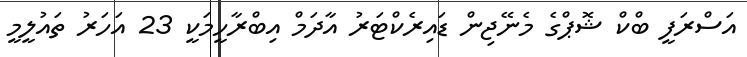
އަސްރަފީ ބްކް ޝޮޕްގެ މެނޭޖިން ޑައިރެކްޓަރު އާދަމް އިބްރާހީމަކީ 23 އަހަރު ތައުލީމީ